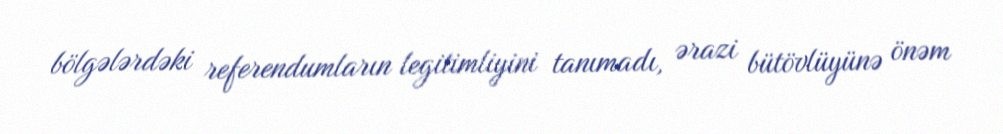
bölgələrdəki referendumların legitimliyini tanımadı, ərazi bütövlüyünə önəm